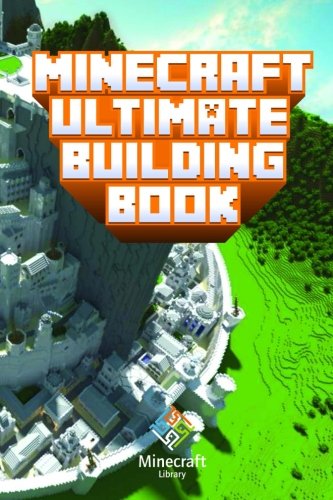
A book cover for Minecraft: Ultimate Building Book: Amazing Building Ideas and Guides You Couldn't Imagine Before; Minecraft Library; Humor & Entertainment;